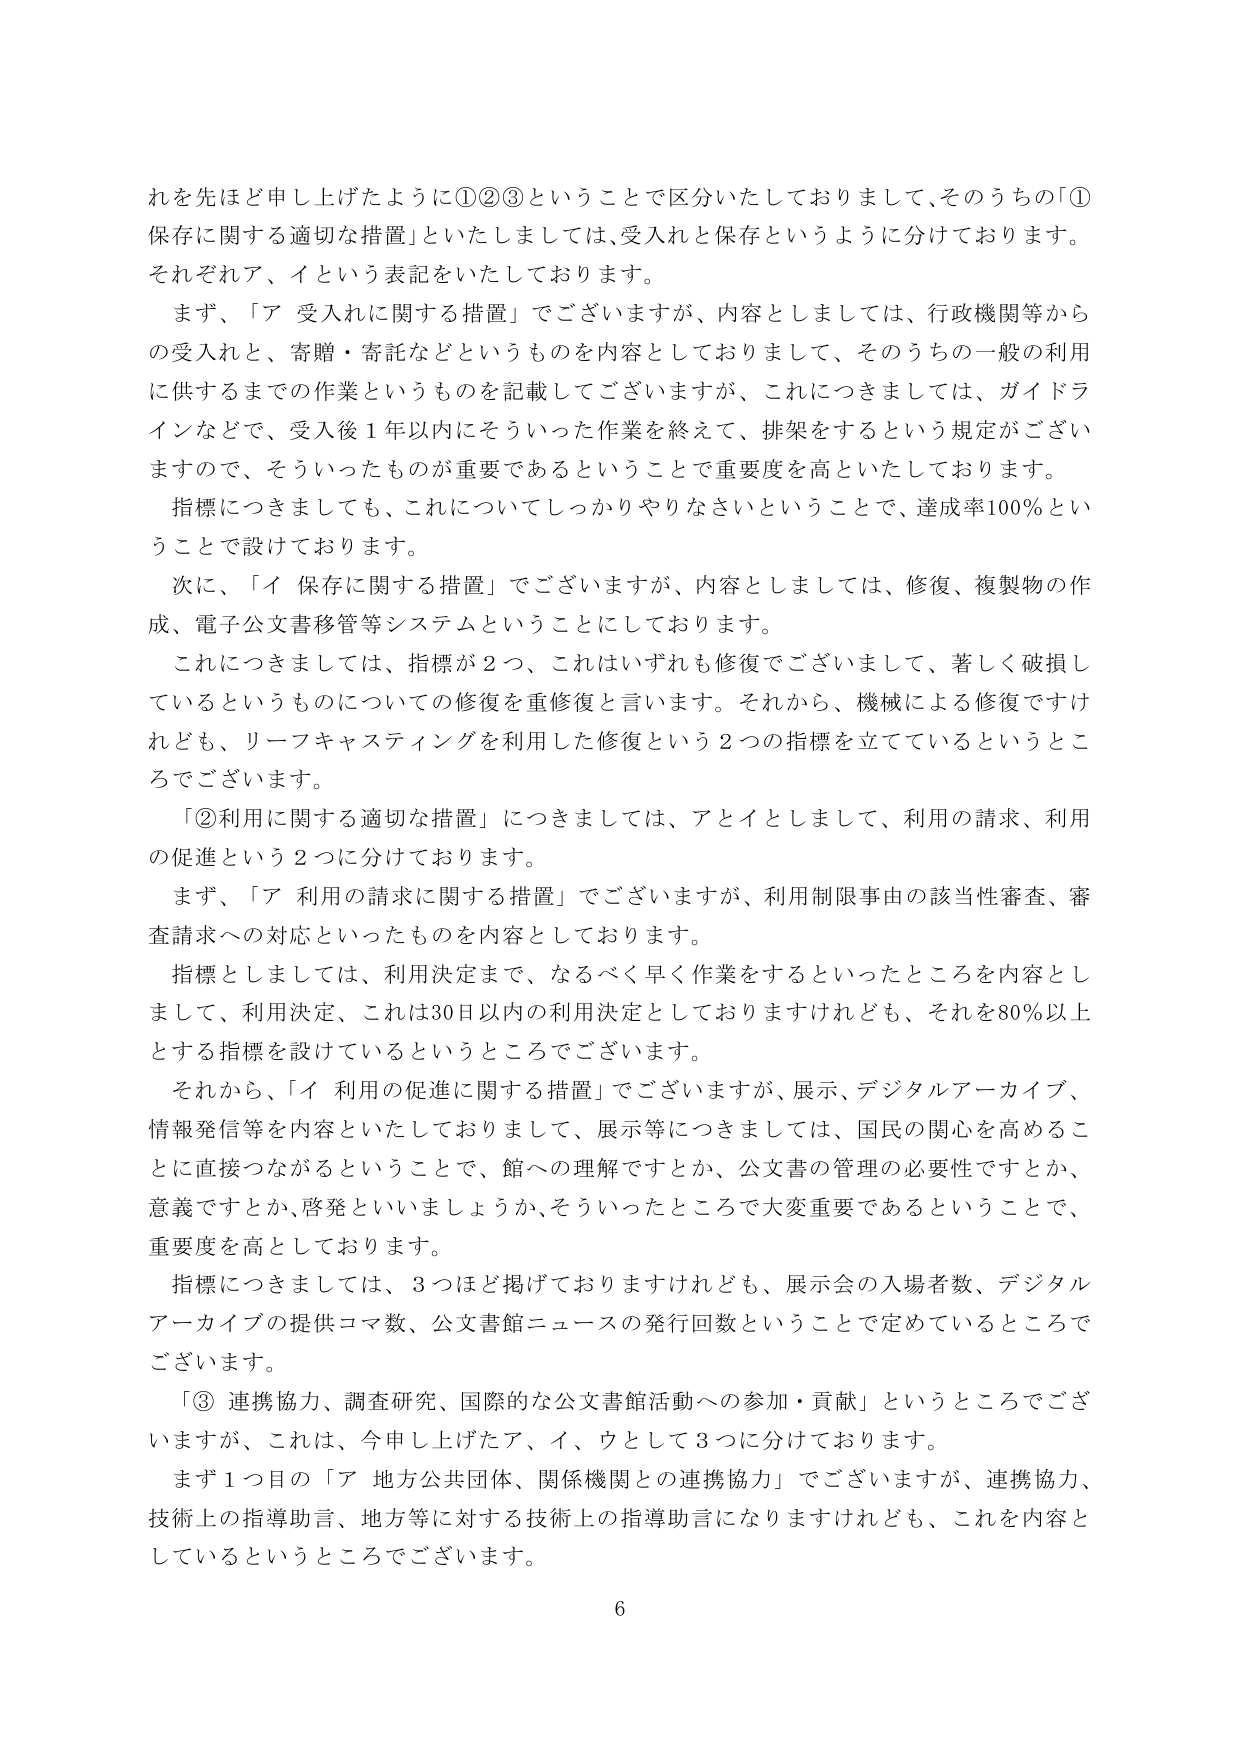
れを先ほど申し上げたように①②③ということで区分いたしております、そのうちの「①保存に関する適切な措置」といたしましては、受入れと保存というように分けております。それぞれア、イという表記をいたしております。

まず、「ア 受入れに関する措置」でございますが、内容としましては、行政機関等からの受入れと、寄贈・寄託などというものを内容としておりまして、そのうちの一般の利用に供するまでの作業というものを記載してございますが、これにつきましては、ガイドラインなどで、受入後1年以内にそういった作業を終えて、排架をするという規定がございますので、そういったものが重要であるということで重要度を高といたしております。

指標につきましても、これについてしっかりやりなさいということで、達成率100％ということで設けております。

次に、「イ 保存に関する措置」でございますが、内容としましては、修復、複製物の作成、電子公文書移管等システムということにしております。

これにつきましては、指標が2つ、これはいずれも修復でございまして、著しく破損しているというものについての修復を重修復と言います。それから、機械による修復ですけれども、リーフキャスティングを利用した修復という2つの指標を立てているということでございます。

「②利用に関する適切な措置」につきましては、アとイとしまして、利用の請求、利用の促進という2つに分けております。

まず、「ア 利用の請求に関する措置」でございますが、利用制限事由の該当性審査、審査請求への対応といったものを内容としております。

指標としましては、利用決定まで、なるべく早く作業をするといったところを内容としまして、利用決定、これは30日以内の利用決定としておりますけれども、それを80％以上とする指標を設けているというところでございます。

それから、「イ 利用の促進に関する措置」でございますが、展示、デジタルアーカイブ、情報発信等を内容といたしておりまして、展示等につきましては、国民の関心を高めることに直接つながるということで、館への理解ですか、公文書の管理の必要性ですか、意義ですか、啓発といいましょうか、そういったところで大変重要であるということで、重要度を高としております。

指標につきましては、3つほど掲げておりますけれども、展示会の入場者数、デジタルアーカイブの提供コマ数、公文書館ニュースの発行回数ということで定めているところでございます。

「③ 連携協力、調査研究、国際的な公文書館活動への参加・貢献」というところでございますが、これは、今申し上げたア、イ、ウとして3つに分けております。

まず1つ目の「ア 地方公共団体、関係機関との連携協力」でございますが、連携協力、技術上の指導助言、地方等に対する技術上の指導助言になりますけれども、これを内容としているということでございます。

6